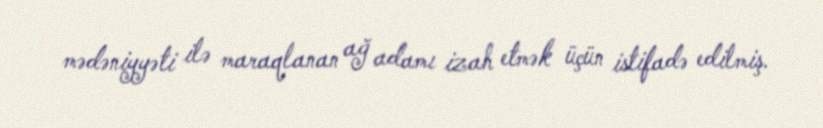
mədəniyyəti ilə maraqlanan ağ adamı izah etmək üçün istifadə edilmiş.